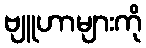
ဗျူဟာများကို